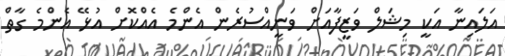
އަލައިނާ އަކީ މިޝަލް ވަޒީފާއަށް ވަނީއްސުރެން އެންމެ އެއްކޮށް އުޅޭ އެންމެ ގާތް